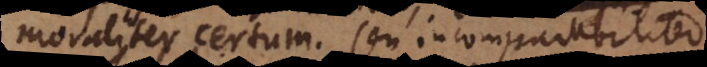
moraliter certum, seu incomparabiliter